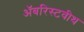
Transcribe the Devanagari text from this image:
अॅबरिस्टवीथ